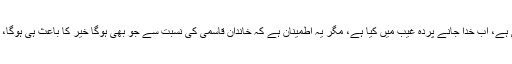
خواب بس اتنا ہی ہے، اب خدا جانے پردۂ غیب میں کیا ہے، مگر یہ اطمینان ہے کہ خاندانِ قاسمی کی نسبت سے جو بھی ہوگا خیر کا باعث ہی ہوگا، ان شاء اللہ تعالیٰ۔